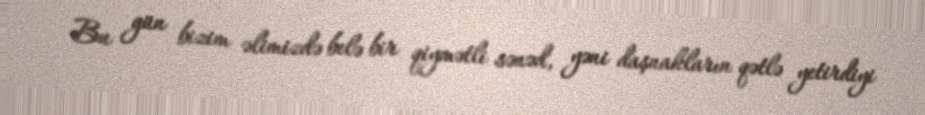
Bu gün bizim əlimizdə belə bir qiymətli sənəd, yəni daşnakların qətlə yetirdiyi